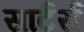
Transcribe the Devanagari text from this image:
सार्टर्स